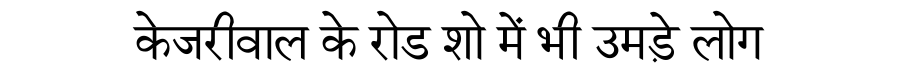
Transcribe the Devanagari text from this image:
केजरीवाल के रोड शो में भी उमड़े लोग